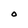
Character: O